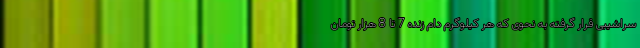
سراشیبی قرار گرفته به نحوی که هر کیلوگرم دام زنده 7 تا 8 هزار تومان